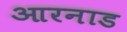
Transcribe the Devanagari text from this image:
आरनाड